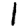
Digit: 1